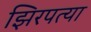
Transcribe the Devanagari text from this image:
झिरपत्या